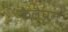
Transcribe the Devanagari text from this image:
कैलैघन